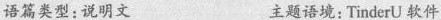
语篇类型:说明文 主题语境:TinderU软件